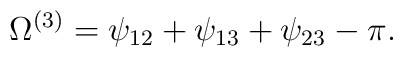
\Omega^{(3)}=\psi_{12}+\psi_{13}+\psi_{23}-\pi .